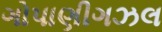
ગોપાણીગઝલ